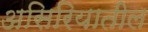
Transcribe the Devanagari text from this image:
असिरियातील